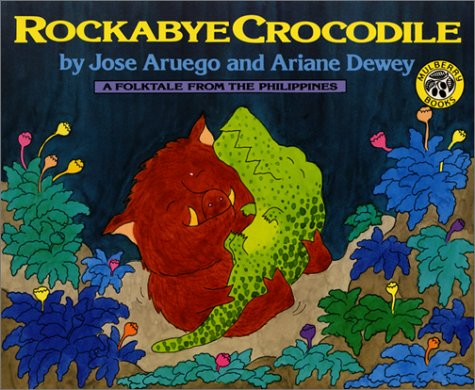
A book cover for Rockabye Crocodile: A Folktale from the Philippines; Jose Aruego; Children's Books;